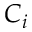
C _ { i }